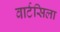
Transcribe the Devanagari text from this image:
वार्टसिला